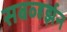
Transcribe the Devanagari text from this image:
सबव्हर्झन